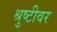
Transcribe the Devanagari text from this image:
श्रुष्टीवर